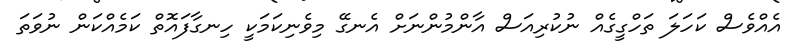
އެއްވެސް ކަހަލަ ތަހްގީގެއް ނުކުރިއަސް އާންމުންނަށް އެނގޭ މިވެނިކަމަކީ ހިނގާފައޮތް ކަމެއްކަން ނުވަތަ